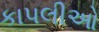
કાપલીઓ